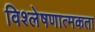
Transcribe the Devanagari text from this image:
विश्लेषणात्मकता